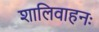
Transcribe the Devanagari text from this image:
शालिवाहनः